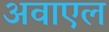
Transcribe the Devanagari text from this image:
अवाएल